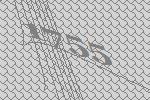
1755